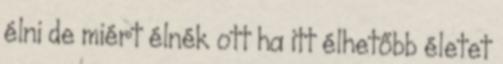
élni de miért élnék ott ha itt élhetőbb életet